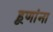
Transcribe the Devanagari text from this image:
हूणांना